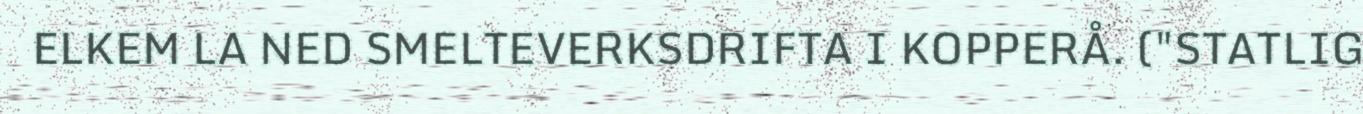
ELKEM LA NED SMELTEVERKSDRIFTA I KOPPERÅ. ("STATLIG